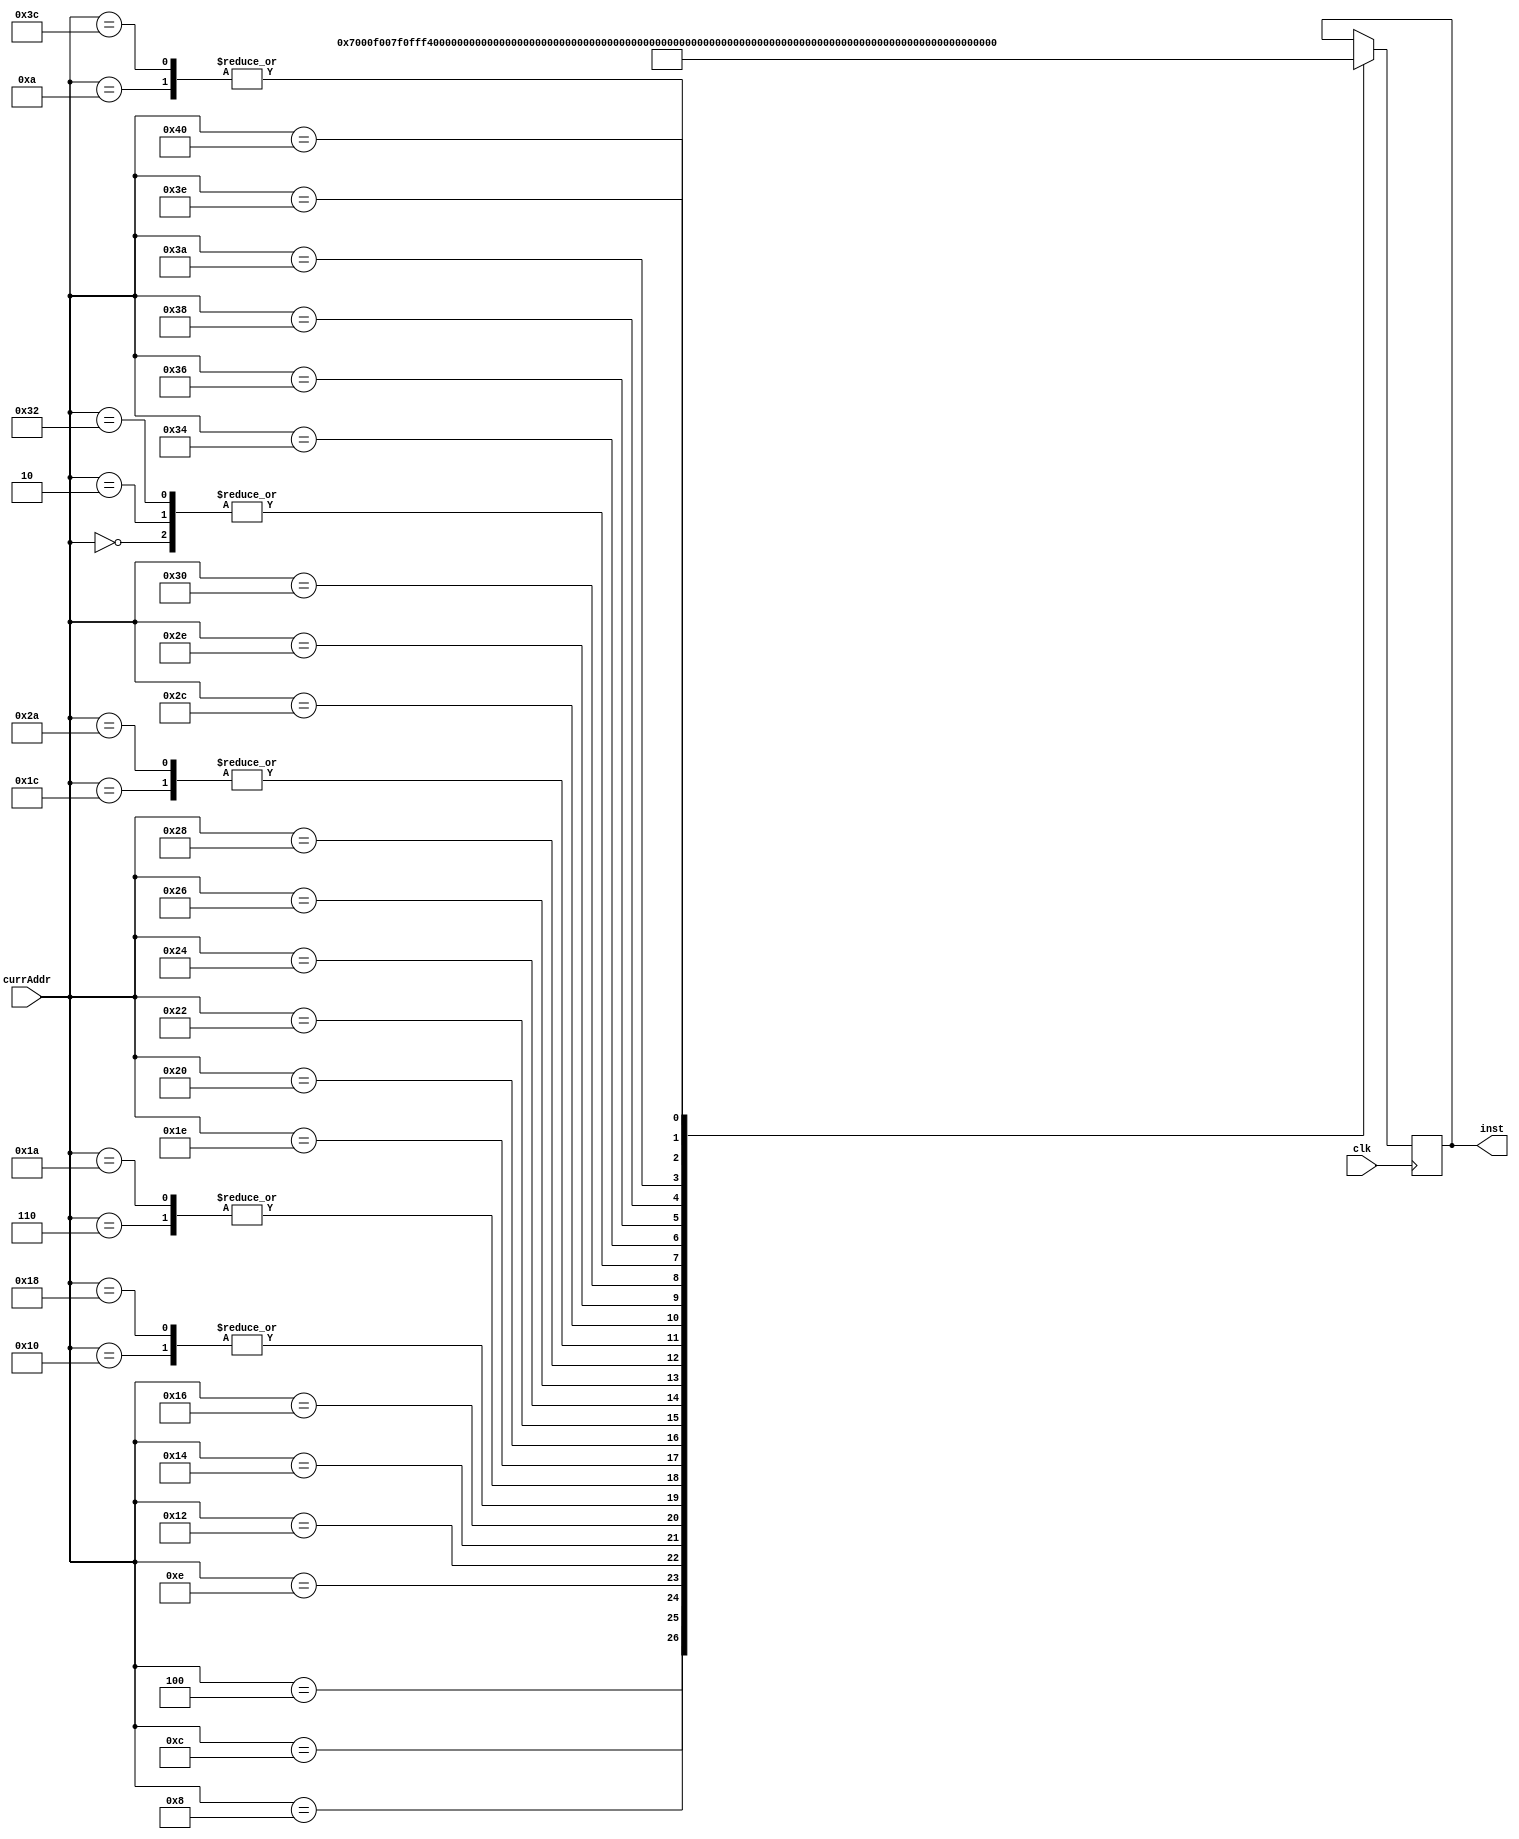
module instructionMem(clk,currAddr,inst);

input clk;
input [7:0] currAddr;

output reg [15:0] inst;
/*
wire [7:0] instUP;
wire [7:0] instDN;

ROM getInstructionUP(
.address(currAddr),
.clock(clk),
.q(instUP)
);

ROM getInstructionDN(
.address(currAddr+8'b00000001),
.clock(clk),
.q(instDN)
);

assign inst = {instUP, instDN};

 
*/
///*
//corrected instruction 8'd44 to be BRN
always @ (negedge clk) begin
	case(currAddr) 
		8'd0:inst=16'b0000000000000000;
		8'd2:inst=16'b0000000000000000;
		8'd4:inst=16'b0111000000000000;
		8'd6:inst=16'b1110000011111111;
		8'd8:inst=16'b1111000000000111;
		8'd10:inst=16'b1110000000011111;
		8'd12:inst=16'b1111000011111111;
		8'd14:inst=16'b1111010011111111;
		8'd16:inst=16'b0101000000000000;
		8'd18:inst=16'b0100010000000000;
		8'd20:inst=16'b1000110000000000;
		8'd22:inst=16'b1101000011111111;
		8'd24:inst=16'b0101000000000000;
		8'd26:inst=16'b1110000011111111;
		8'd28:inst=16'b1000001100000000;
		8'd30:inst=16'b1010000000100100;
		8'd32:inst=16'b0001000100000000;
		8'd34:inst=16'b1001000000100110;
		8'd36:inst=16'b0011000100000000;
		8'd38:inst=16'b0110000000000000;
		8'd40:inst=16'b1011000000110100;
		8'd42:inst=16'b1000001100000000;
		8'd44:inst=16'b1010110000110000;
		8'd46:inst=16'b1001000000010000;
		8'd48:inst=16'b1001000000000100;
		8'd50:inst=16'b0000000000000000;
		8'd52:inst=16'b1101000000011111;
		8'd54:inst=16'b1000100100000000;
		8'd56:inst=16'b1111010000000001;
		8'd58:inst=16'b0010000100000000;
		8'd60:inst=16'b1110000000011111;
		8'd62:inst=16'b1000011000000000;
		8'd64:inst=16'b1100000000000000;
	endcase
end
//*/

endmodule